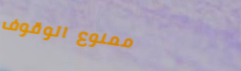
ممنوع الوقوف